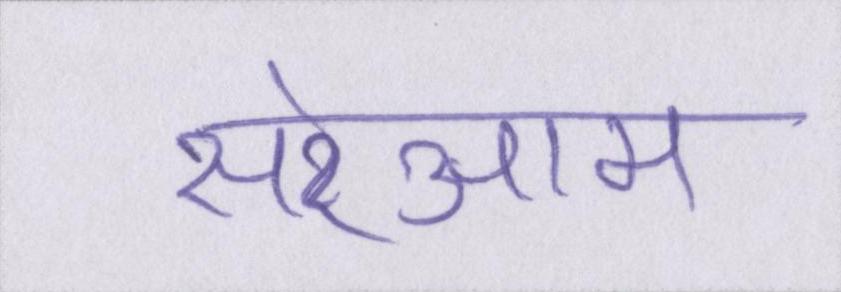
सरेआम